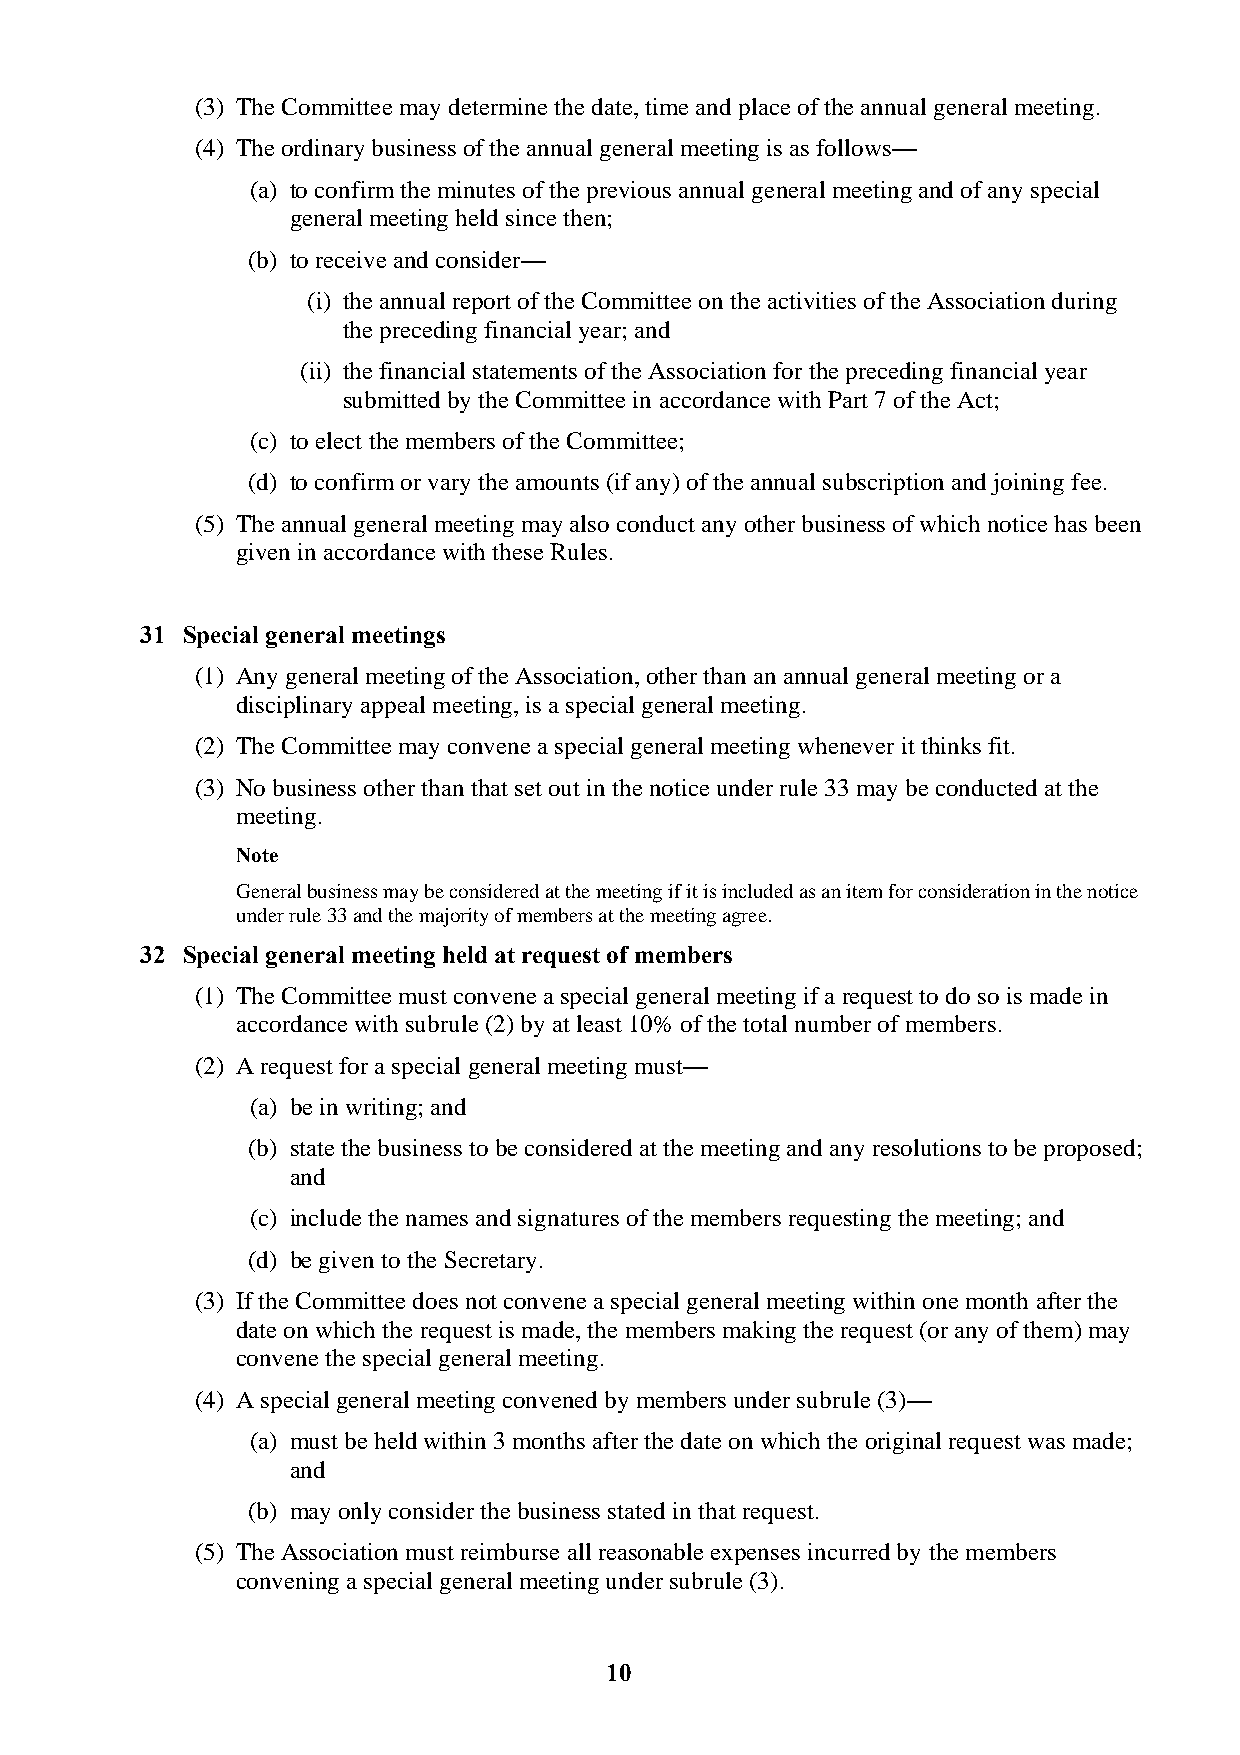
(3) The Committee may determine the date, time and place of the annual general meeting.
 (4) The ordinary business of the annual general meeting is as follows—
 (a) to confirm the minutes of the previous annual general meeting and of any special
 general meeting held since then;
 (b) to receive and consider—
 (i) the annual report of the Committee on the activities of the Association during
 the preceding financial year; and
 (ii) the financial statements of the Association for the preceding financial year
 submitted by the Committee in accordance with Part 7 of the Act;
 (c) to elect the members of the Committee;
 (d) to confirm or vary the amounts (if any) of the annual subscription and joining fee.
 (5) The annual general meeting may also conduct any other business of which notice has been
 given in accordance with these Rules.
 31 Special general meetings
 (1) Any general meeting of the Association, other than an annual general meeting or a
 disciplinary appeal meeting, is a special general meeting.
 (2) The Committee may convene a special general meeting whenever it thinks fit.
 (3) No business other than that set out in the notice under rule 33 may be conducted at the
 meeting.
 Note
 General business may be considered at the meeting if it is included as an item for consideration in the notice
 under rule 33 and the majority of members at the meeting agree.
 32 Special general meeting held at request of members
 (1) The Committee must convene a special general meeting if a request to do so is made in
 accordance with subrule (2) by at least 10% of the total number of members.
 (2) A request for a special general meeting must—
 (a) be in writing; and
 (b) state the business to be considered at the meeting and any resolutions to be proposed;
 and
 (c) include the names and signatures of the members requesting the meeting; and
 (d) be given to the Secretary.
 (3) If the Committee does not convene a special general meeting within one month after the
 date on which the request is made, the members making the request (or any of them) may
 convene the special general meeting.
 (4) A special general meeting convened by members under subrule (3)—
 (a) must be held within 3 months after the date on which the original request was made;
 and
 (b) may only consider the business stated in that request.
 (5) The Association must reimburse all reasonable expenses incurred by the members
 convening a special general meeting under subrule (3).
 10